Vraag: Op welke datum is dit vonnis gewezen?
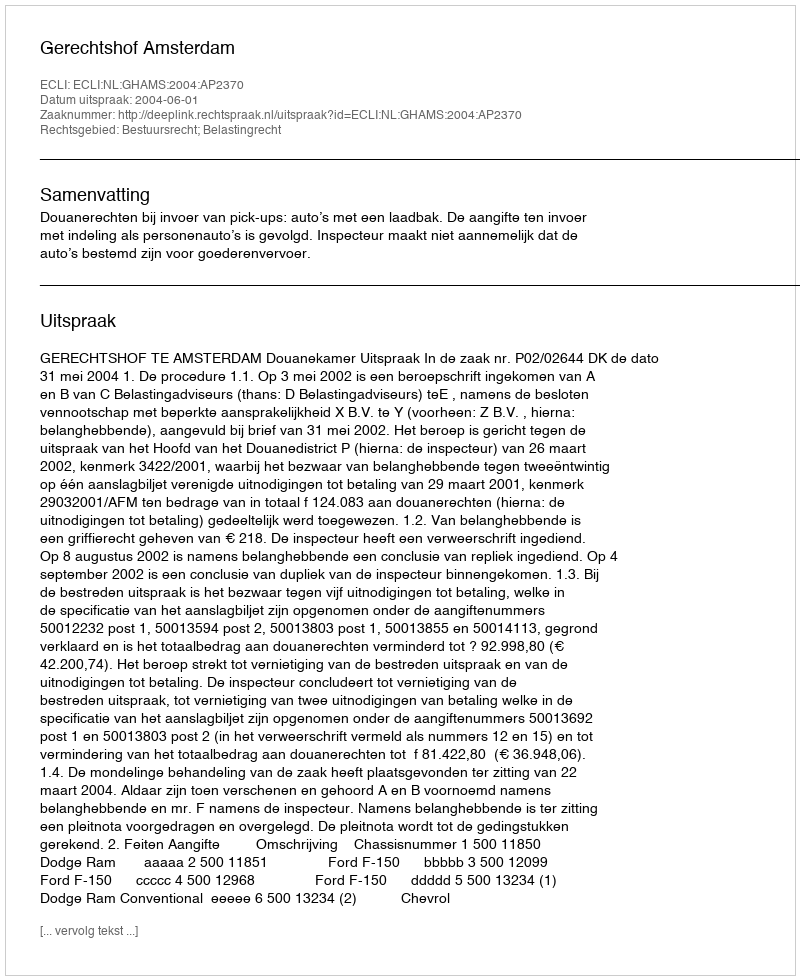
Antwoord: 2004-06-01